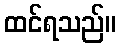
ထင်ရသည်။